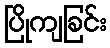
ပြိုကျခြင်း